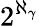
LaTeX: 2^{\aleph_{\gamma}}